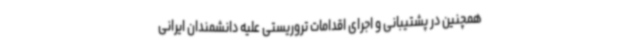
همچنین در پشتیبانی و اجرای اقدامات تروریستی علیه دانشمندان ایرانی